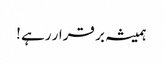
ہمیشہ بر قرار رہے !